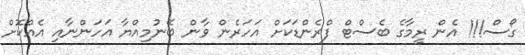
ގޯސް!!! އެން ރީމާގެ ބެސްޓް ފްރެންޑަކަށް އަހަރެން ވާން ބޭނުމިއްޔާ އަހަންނާއި އެއްކޮށް